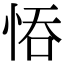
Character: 𢚺